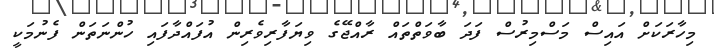
މިހާރަކަށް އައިސް މަސްމިރުސް ފަދަ ބާވަތްތައް ރާއްޖޭގެ ވިޔަފާރިވެރިން އުފައްދާފައި ހުންނަތަން ފެނުމަކީ